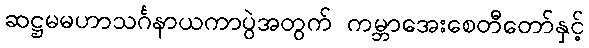
ဆဋ္ဌမမဟာသင်္ဂနာယကာပွဲအတွက် ကမ္ဘာအေးစေတီတော်နှင့်